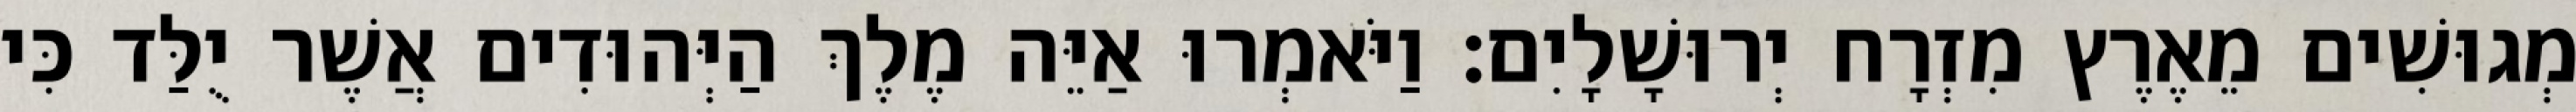
מְגוּשִׁים מֵאֶרֶץ מִזְרָח יְרוּשָׁלָיִם׃ וַיֹּאמְרוּ אַיֵּה מֶלֶךְ הַיְּהוּדִים אֲשֶׁר יֻלַּד כִּי